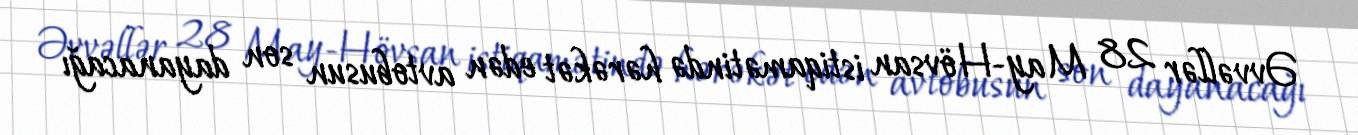
Əvvəllər 28 May-Hövsan istiqamətində hərəkət edən avtobusun son dayanacağı